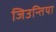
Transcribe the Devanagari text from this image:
जिउन्तिया